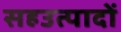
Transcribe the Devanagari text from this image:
सहउत्पादों